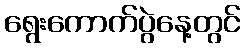
ရွေးကောက်ပွဲနေ့တွင်